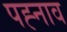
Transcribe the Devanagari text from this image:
पह्नाव